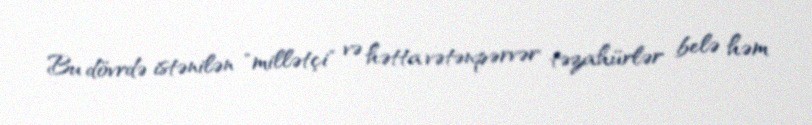
Bu dövrdə istənilən "millətçi" və hətta vətənpərvər təzahürlər belə həm